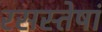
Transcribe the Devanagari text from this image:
रसस्तेषां